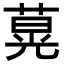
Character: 𦵽